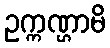
ဥက္ကဏ္ဌာမိ